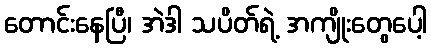
တောင်းနေပြီ၊ အဲဒါ သပိတ်ရဲ့ အကျိုးတွေပေါ့